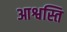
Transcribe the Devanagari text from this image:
आश्वस्ति